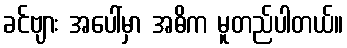
ခင်ဗျား အပေါ်မှာ အဓိက မူတည်ပါတယ်။